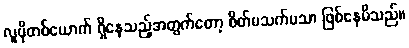
လူပိုတစ်ယောက် ရှိနေသည့်အတွက်တော့ စိတ်မသက်မသာ ဖြစ်နေမိသည်။